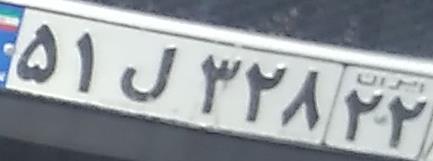
۵۱ل۳۲۸۲۲